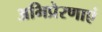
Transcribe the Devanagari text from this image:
अभिप्रेरणाएं